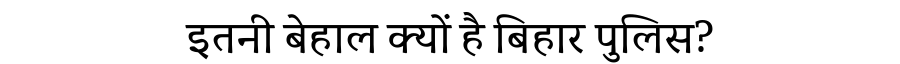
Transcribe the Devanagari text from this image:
इतनी बेहाल क्यों है बिहार पुलिस?